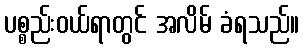
ပစ္စည်းဝယ်ရာတွင် အလိမ် ခံရသည်။